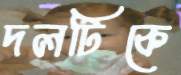
দলটিকে